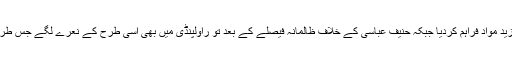
رائو انوار کی رہائی نے اس تحریک کو مزید مواد فراہم کردیا جبکہ حنیف عباسی کے خلاف ظالمانہ فیصلے کے بعد تو راولپنڈی میں بھی اسی طرح کے نعرے لگے جس طرح کہ پی ٹی ایم کے جلسوں میں لگتے ہیں۔